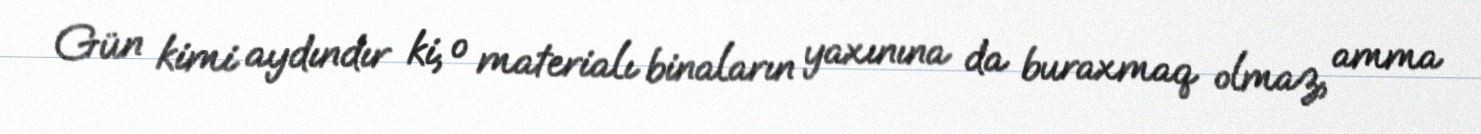
Gün kimi aydındır ki, o materialı binaların yaxınına da buraxmaq olmaz, amma